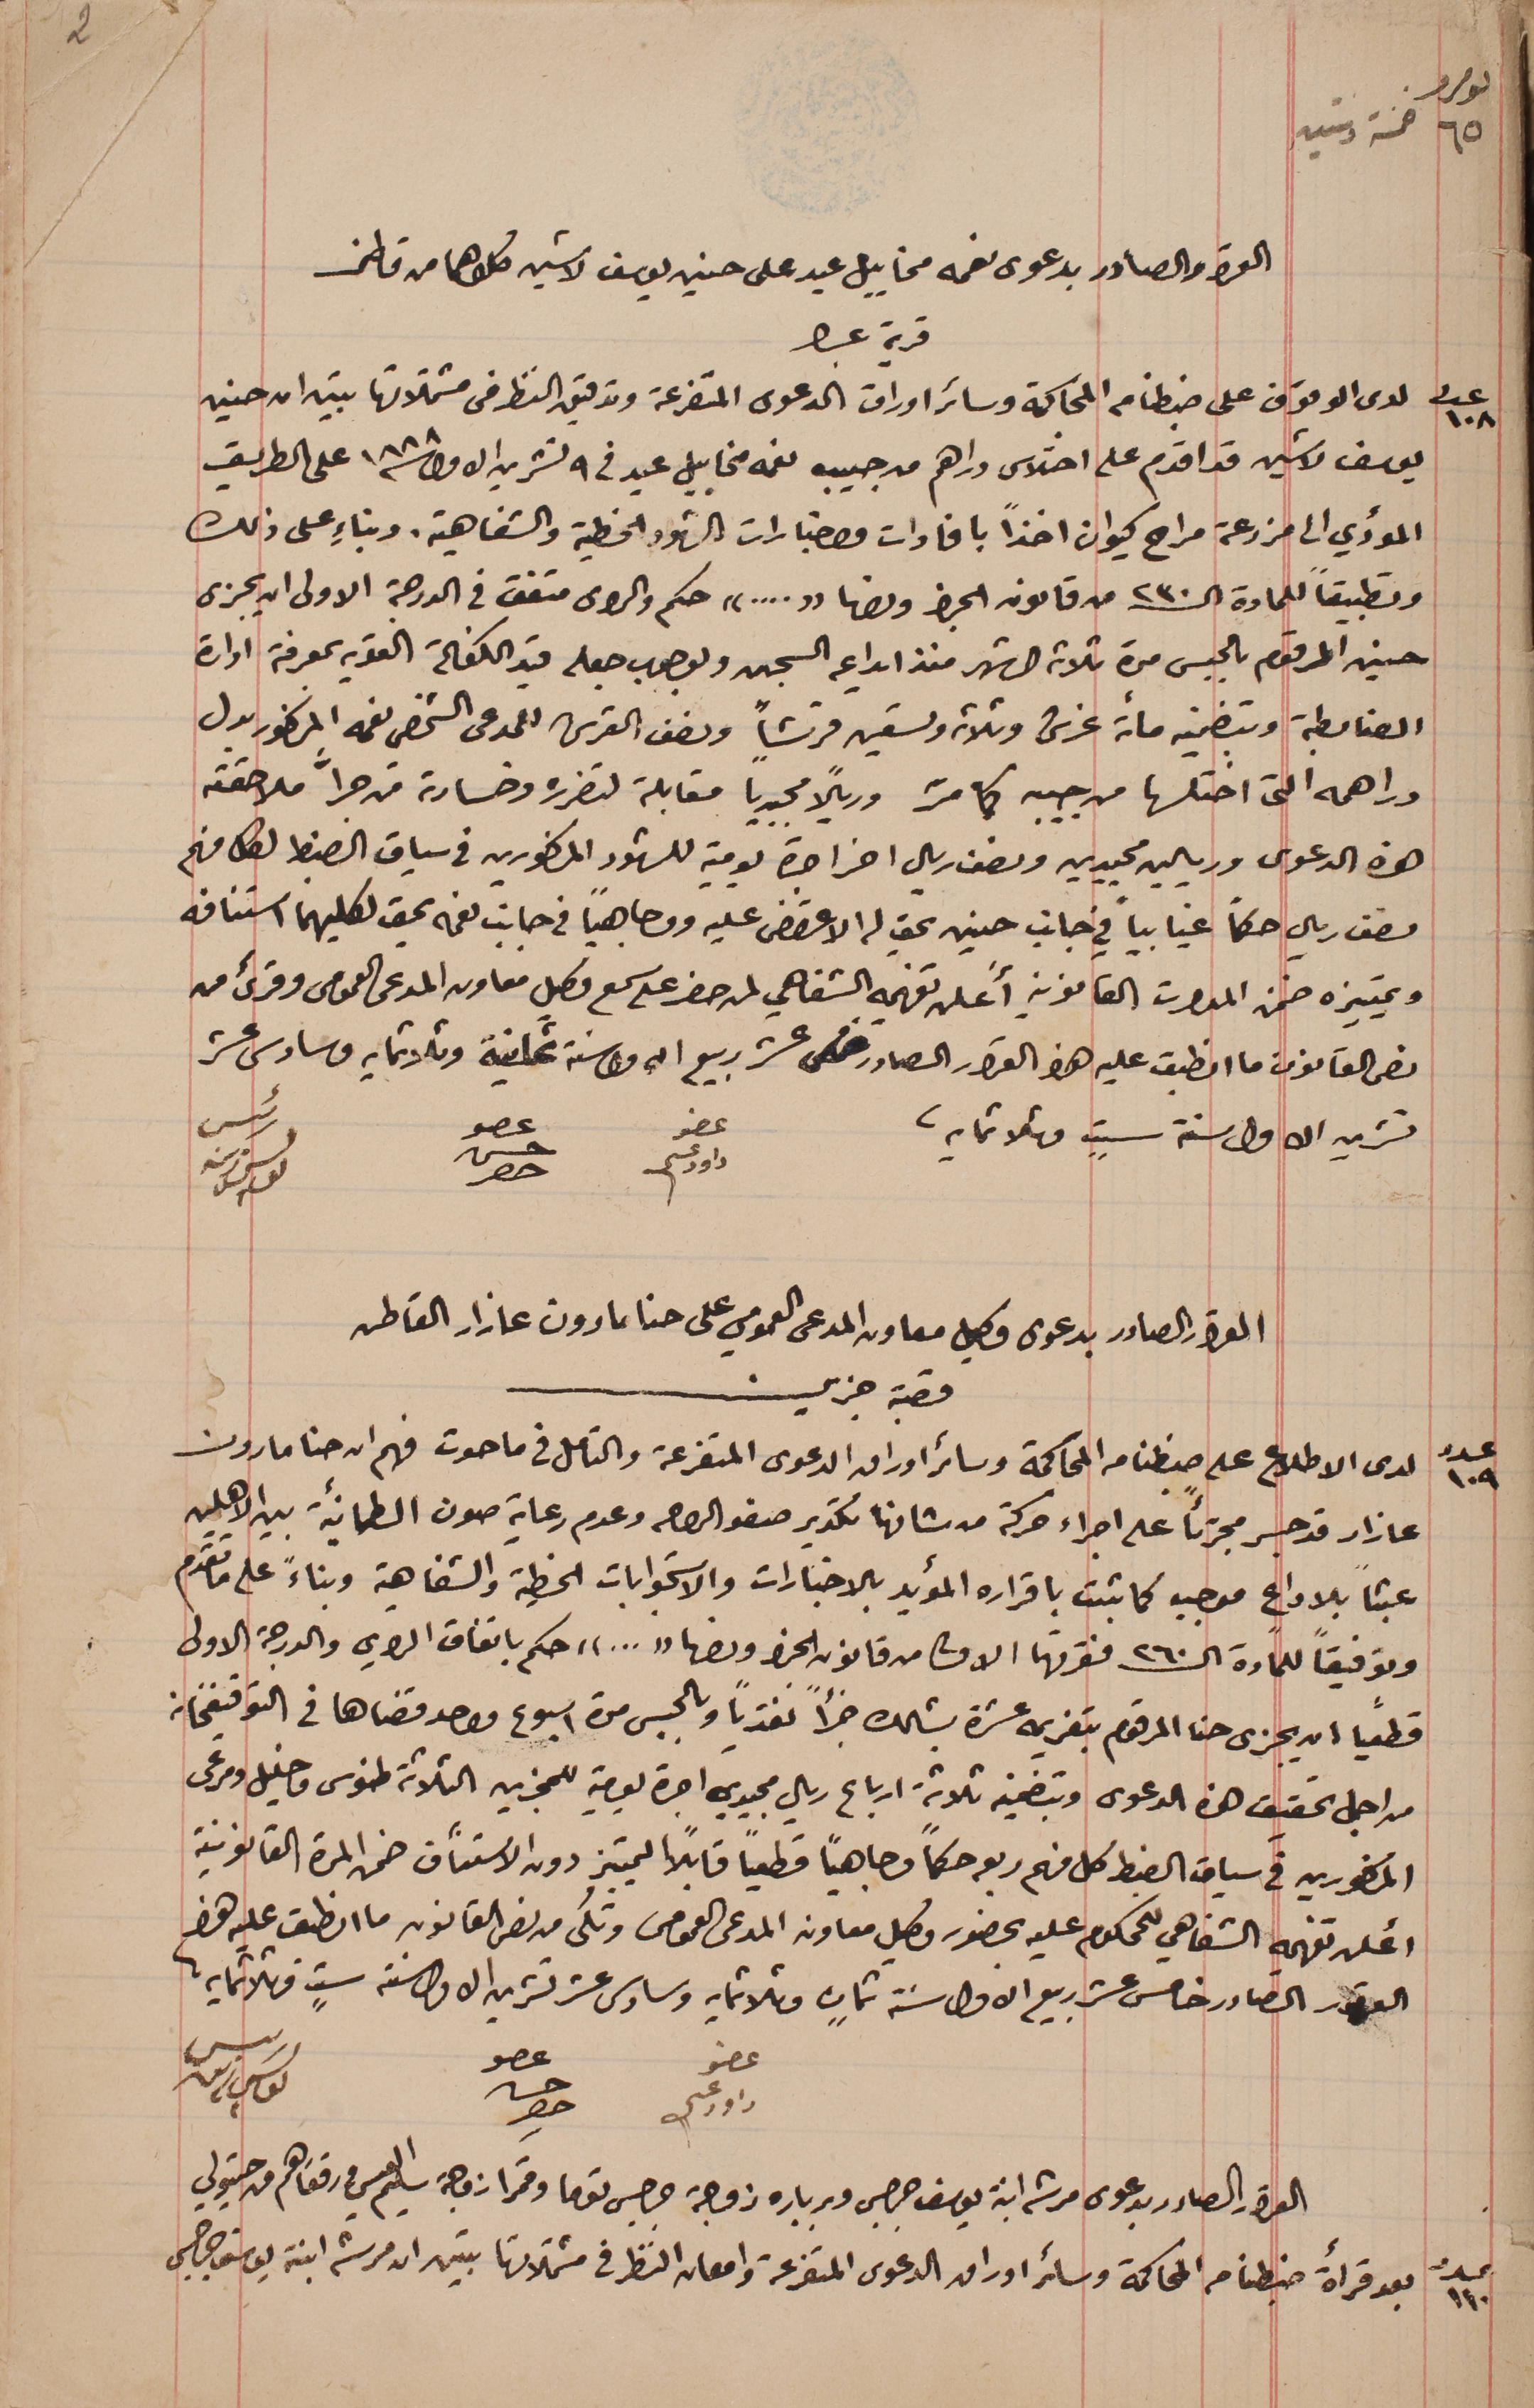
نومرو ٦٥ خمسة وستين
القرار الصادر بدعوى نعمه مخاييل عيد على حسين يوسف لاشين كلاهما من قاطن
قرية عبرا
عدد ١٠٨ لدى الوقوف على ضبطنا من المحاكمة وسائر اوراق الدعوى المتفرعة وتدقيق النظر فى مشتملاتها تبين ان حسين
يوسف لاشين قد اقدم على اختلاس دراهم من جيب نعمه مخاييل عيد فى ٩ تشرين الاول سنة ١٨٨٨ على الطريق
المؤدي الى مزرعة مراح كيوان اخذاً بافادات واخبارات الشهود الخطية والشفاهية. وبناءٍ على ذلك
وتطبيقاً للمادة الـ٣٢٠ من قانون الجزا ونصها "...." حكم والراى متفق فى الدرجة الاولى ان يجزى
حسين المرقوم بالحبس مدة ثلاثة اشهر منذ ايداعه السجن وبوجوب جعله قيد الكفالة القوية بمعرفة ادارة
الضابطة وبتضمينه مائة غرش وثلاثه وتسعين قرشاً ونصف القرش للمدعى الشخصى نعمه المذكور بدل
دراهمه التى اختلسها من جيبه كما مرّ وريالًا مجيدياً مقابلة لتضرره وخسارته من جرَّا ملاحقته
هذه الدعوى وريالين مجيدين ونصف ريال اخر اجرة يومية للشهود المذكورين في سياق الضبط لكل منهم
نصف ريال حكماً غيابياً في جانب حسين يحق له الاعتراض عليه ووجاهياً في جانب نعمه يحق لكليهما استنافه
وتمييزه ضمن المدات القانونيه أَعلن تفهمه الشفاهي لمن حضر على سمع وكيل معاون المدعى العمومى وقرىء من
نص القانون ما انطبق عليه هذا القرار الصادر خامس عشر ربيع اول سنة ثمانية وثلاثمايه وسادس عشر
تشرين الاول سنة ستٍ وثلاثمايه.
عضو داود عسى
القرار الصادر بدعوى وكيل معاون المدعى العمومي على حنا مارون عازار القاطن
قصبة جزين
عدد ١٠٩ لدى الاطلاع على ضبطنا من المحاكمة وسائر اوراق الدعوى المتفرعة والتامل في ما حوت فهم ان حنا مارون
عازار قد جسر مجترئاً على اجراء حركة من شانها تكدير صفو الراى وعدم رعاية صون الطمأنية بين الاهلين
عبثاً بلا داعٍ موجبه كما ثبت باقراره المؤيد بالاخبارات والاستجوابات الخطية والشفاهية وبناءً على ما تقدم
وتوفيقاً للمادة الـ٢٦٠ فقرتها الاولى من قانون الجزا ونصها "..." حكم باتفاق الراى والدرجة الاولى
قطعياً ان يجزى حنا المرقوم بتغريمه عشرة بشلك جزأً نقدياً وبالحبس مدة اسبوع واحد قضاها في التوقيفخانه
من اجل تحقيق هذه الدعوى وبتضمينه ثلاثة ارباع ريال مجيدي اجرة يومية للمجزين الثلاثة طنوس وخليل ومرعى
المذكورين فى سياق الضبط كل منهم ربع حكماً وجاهياً قطعياً قابلاً التمييز دون الاستنآف ضمن المدة القانونية
أعلن تفهمهِ الشفاهي للمحكوم عليه بحضور وكيل معاون المدعى العمومى وتُلى من نص القانون ما انطبق عليه هذا
القرار الصادر خامس عشر ربيع الاول سنة ثمانٍ وثلاثمايه وسادس عشر تشرين الاول سنة ستٍ وثلاثمايه.
عضو داود عسى
القرار الصادر بدعوى مرتى ابنة يوسف جرجس وبرباره زوجة جرجس توما وقمرا زوجة سليم العيسى ورفقاهم من حيتولي
عدد ١١٠ بعد قرأة ضبطنا من المحاكمة وسائر اوراق الدعوى المتفرعة وامعان النظر فى مشتملاتها تبين ان مرتى ابنة يوسف جرجس
عضو حسن حصِر
رئيس يوسف زينه
عضو حسن حصِر
رئيس يوسف زينه
2